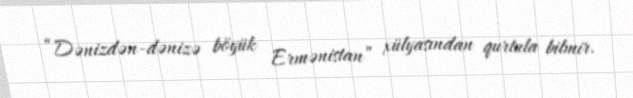
“Dənizdən-dənizə böyük Ermənistan” xülyasından qurtula bilmir.